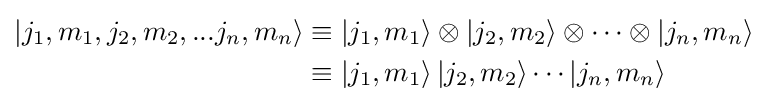
{\begin{aligned}\left|j_{1},m_{1},j_{2},m_{2},...j_{n},m_{n}\right\rangle &\equiv \left|j_{1},m_{1}\right\rangle \otimes \left|j_{2},m_{2}\right\rangle \otimes \cdots \otimes \left|j_{n},m_{n}\right\rangle \\&\equiv \left|j_{1},m_{1}\right\rangle \left|j_{2},m_{2}\right\rangle \cdots \left|j_{n},m_{n}\right\rangle \end{aligned}}